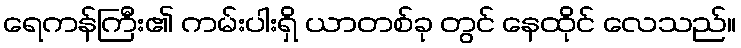
ရေကန်ကြီး၏ ကမ်းပါးရှိ ယာတစ်ခု တွင် နေထိုင် လေသည်။